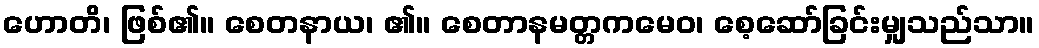
ဟောတိ၊ ဖြစ်၏။ စေတနာယ၊ ၏။ စေတာနမတ္တကမေဝ၊ စေ့ဆော်ခြင်းမျှသည်သာ။